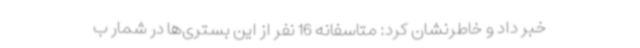
خبر داد و خاطرنشان کرد: متاسفانه 16 نفر از این بستری‌ها در شمار ب